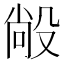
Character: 㲂